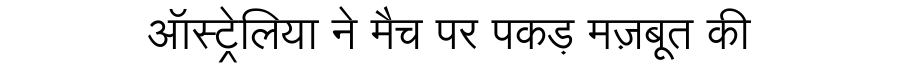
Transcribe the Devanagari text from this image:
ऑस्ट्रेलिया ने मैच पर पकड़ मज़बूत की